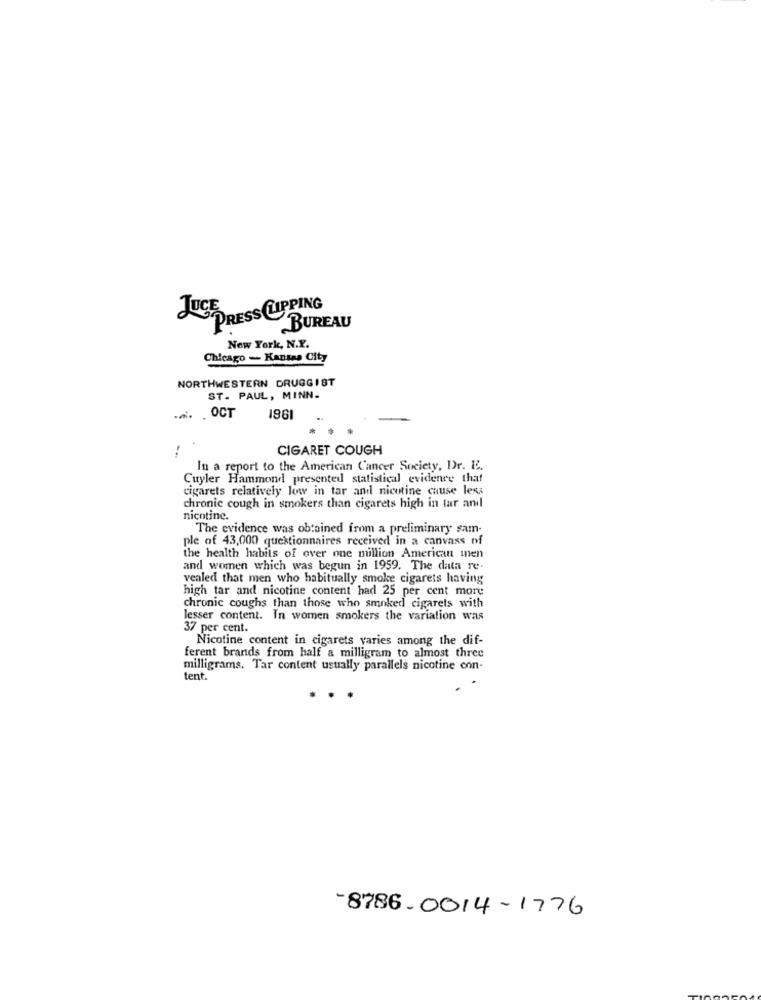
JUCE
PRESS CLIPPING
BUREAU
New York, N.Y.
Chicago - Kansas City
NORTHWESTERN DRUGGIST
ST. PAUL, MINN.
OCT
196
CIGARET COUGH
In a report to the American Cancer Society, Dr. E.
Cuyler Hammond presented statistical evidence that
cigarets relatively low in tar and nicotine cause less
chronic cough in smokers than cigarets high in tar and
nicotine.
The evidence was obtained from a preliminary sam-
ple of 43,000 questionnaires received in a canvass of
the health habits of over one million American men
and women which was begun in 1959. The data re.
vealed that men who habitually smoke cigarets having
high tar and nicotine content had 25 per cent more
chronic coughs than those who smoked cigarets with
lesser content. In women smokers the variation was
37 per cent.
Nicotine content in cigarets varies among the dif-
ferent brands from half a milligram to almost three
milligrams. Tar content usually parallels nicotine con-
tent.
-8786-0014-1776